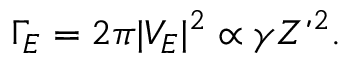
\Gamma _ { E } = 2 \pi | V _ { E } | ^ { 2 } \propto \gamma Z ’ ^ { 2 } .